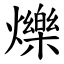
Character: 爍